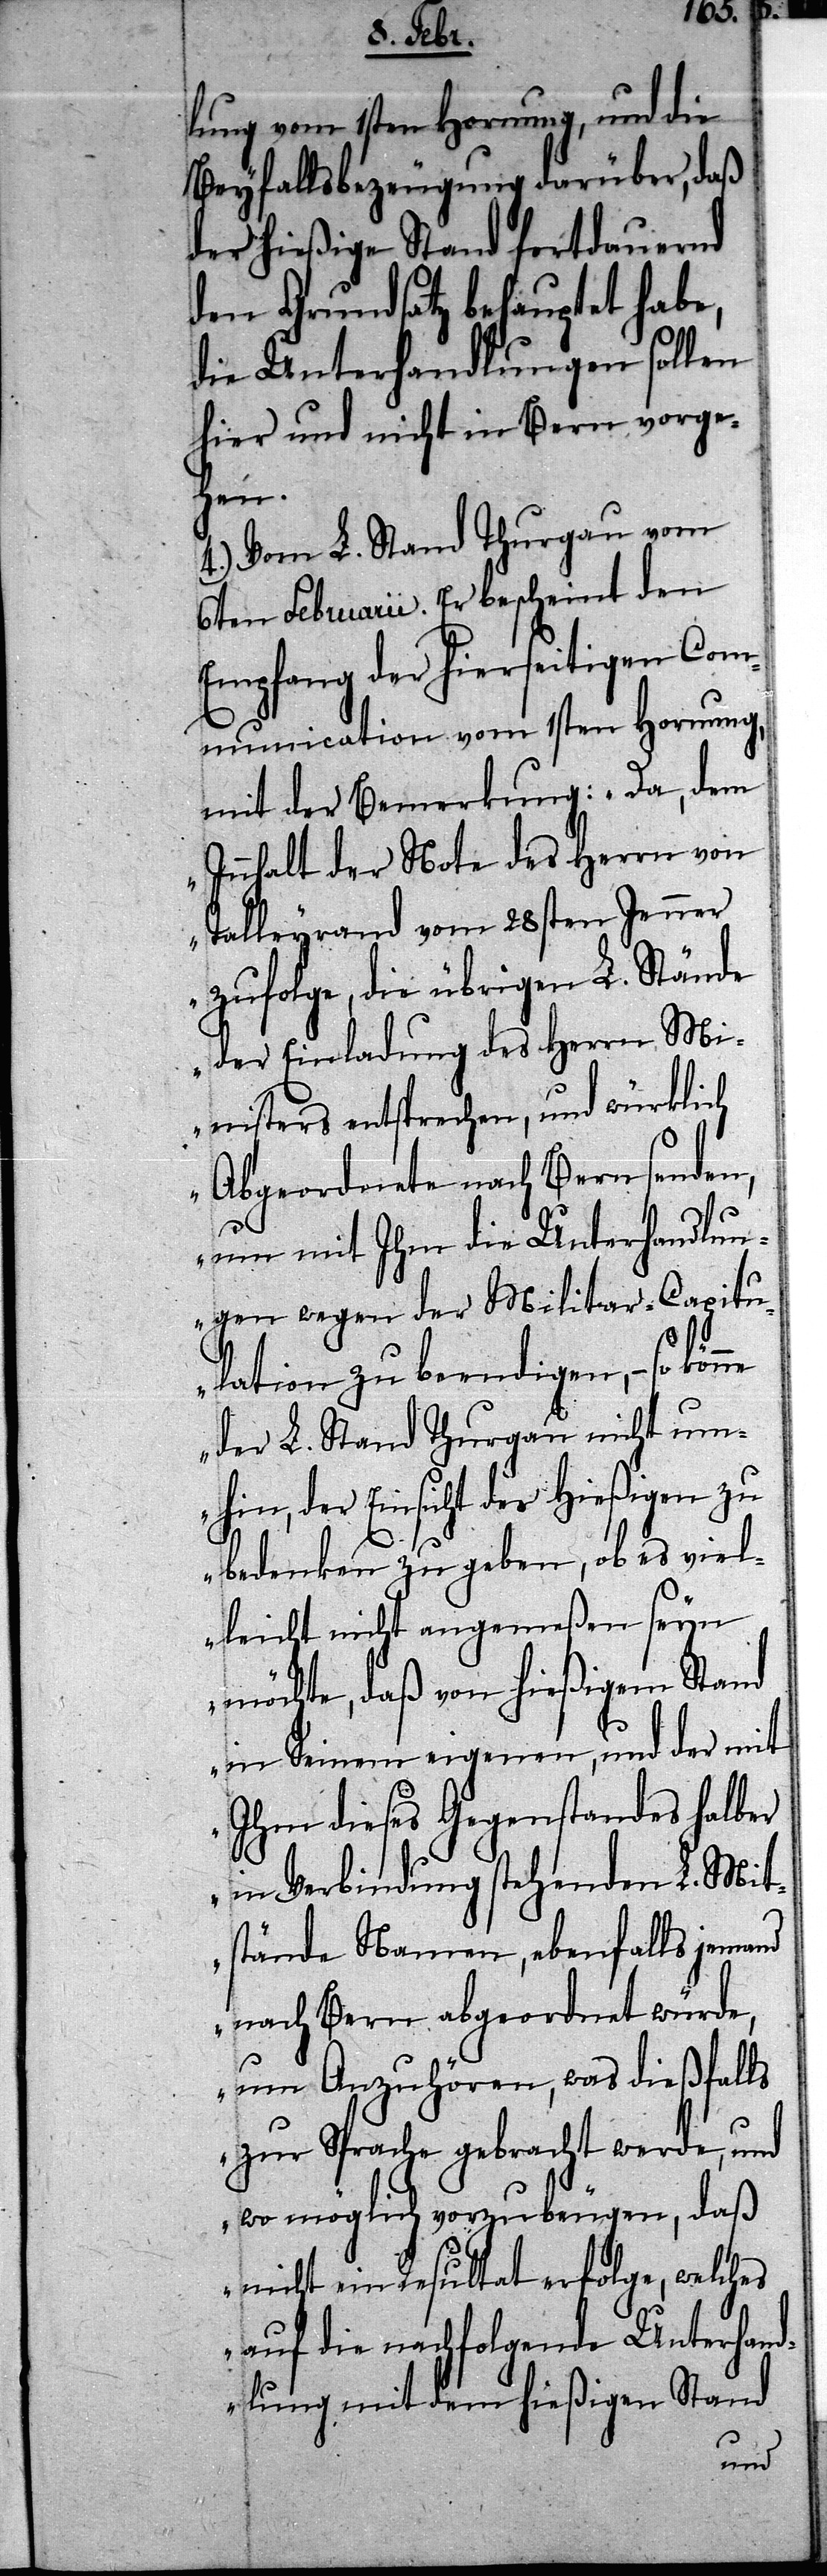
lung vom 1sten Hornung, und die
Beyfallsbezeugung darüber, daß
der hießige Stand fortdauernd
den Grundsatz behauptet habe,
die Unterhandlungen sollen
hier und nicht in Bern vorge¬
hen.
4.) Vom L. Stand Thurgau vom
6ten Februarii. Er bescheint den
Empfang der hierseitigen Com¬
munication vom 1sten Hornung,
mit der Bemerkung: „Da, dem
Innhalt der Note des Herrn von
Talleyrand vom 28sten Jenner
zufolge, die übrigen L. Stände
der Einladung des Herrn Mi¬
nisters entsprechen, und würklich
Abgeordnete nach Bern senden,
um mit Ihm die Unterhandlun¬
gen wegen der Militar-Capitu¬
lation zu beendigen, – so
der L. Stand Thurgau nicht um¬
hin, der Einsicht der hießigen zu
bedenken zu geben, ob es viel¬
leicht nicht angemeßen seyn
möchte, daß von hießigem Stand
in Seinem eigenen, und der mit
Ihm dieses Gegenstandes halber
in Verbindung stehenden L. Mit¬
stände Namen, ebenfalls jemand
nach Bern abgeordnet würde,
um Anzuhören, was dießfalls
zur Sprache gebracht werde, und
wo möglich vorzubeugen, daß
nicht ein Resultat erfolge, welches
auf die nachfolgende Unterhand¬
lung mit dem hießigen Stand